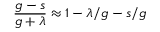
\frac { g - s } { g + \lambda } \approx 1 - \lambda / g - s / g